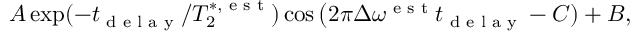
\begin{array} { r } { A \exp ( - t _ { \textrm { d e l a y } } / T _ { 2 } ^ { * , \textrm { e s t } } ) \cos \big ( 2 \pi \Delta \omega ^ { \textrm { e s t } } t _ { \textrm { d e l a y } } - C ) + B , } \end{array}